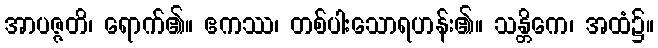
အာပဇ္ဇတိ၊ ရောက်၏။ ဧကဿ၊ တစ်ပါးသောရဟန်း၏။ သန္တိကေ၊ အထံ၌။